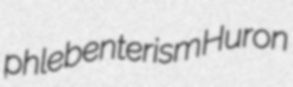
phlebenterism Huron